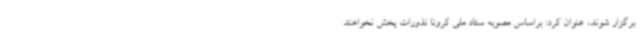
برگزار شوند، عنوان کرد: براساس مصوبه ستاد ملی کرونا نذورات پخش نخواهند